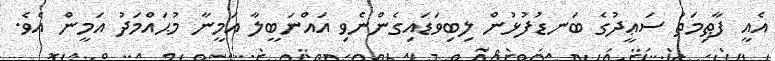
އެއީ ފާޠިމަތު ސަޢީދުގެ ބަނޑުފުޅުން ލިބިވަޑައިގެންނެވި އައްނަބީލާ އަމީނާ މުޙައްމަދު އަމީން އެވެ.